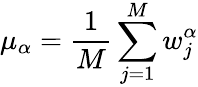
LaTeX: \mu_{\alpha}=\frac{1}{M}\sum_{j=1}^{M}w_{j}^{\alpha}